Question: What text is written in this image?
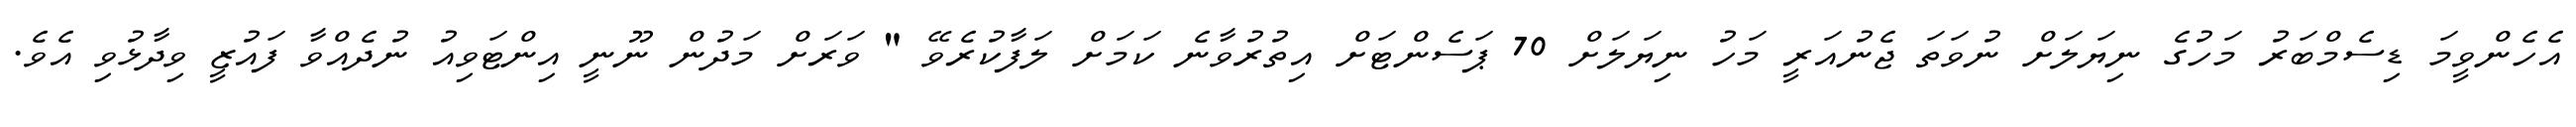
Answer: އެހެންވީމަ ޑިސެމްބަރު މަހުގެ ނިޔަލަށް ނުވަތަ ޖެނުއަރީ މަހު ނިޔަލަށް 70 ޕަސެންޓަށް އިތުރުވާނެ ކަމަށް ލަފާކުރެވޭ " ވަރަށް މަދުން ނޫނީ އިންޓަވިއު ނުދެއްވާ ފައުޒީ ވިދާޅުވި އެވެ.